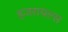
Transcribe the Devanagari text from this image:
इजरायल्स